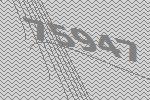
75947